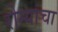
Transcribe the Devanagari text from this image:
रोग्यांचा